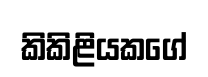
කිකිළියකගේ